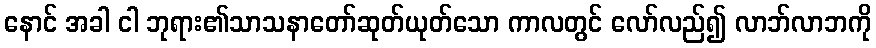
နောင် အခါ ငါ ဘုရား၏သာသနာတော်ဆုတ်ယုတ်သော ကာလတွင် လော်လည်၍ လာဘ်လာဘကို